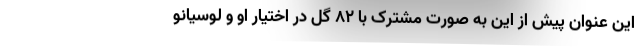
این عنوان پیش از این به صورت مشترک با ۸۲ گل در اختیار او و لوسیانو